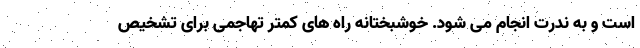
است و به ندرت انجام می شود. خوشبختانه راه های کمتر تهاجمی برای تشخیص